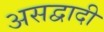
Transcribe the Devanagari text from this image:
असद्वादी